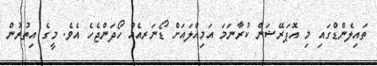
ތައިލެންޑްގައި މި އޮޕަރޭޝަން ކުރާނަމަ އަމިއްލައަށް ޑޯނަރއެއް ހޯދަންޖެހެ އެވެ. މީގެ އިތުރުން